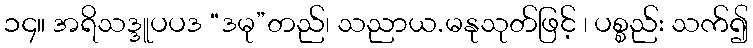
၁၄။ အရိသဒ္ဒူပပဒ “ဒမု”တည်၊ သညာယ.မနုသုတ်ဖြင့် ၊ ပစ္စည်း သက်၍